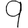
Digit: 9